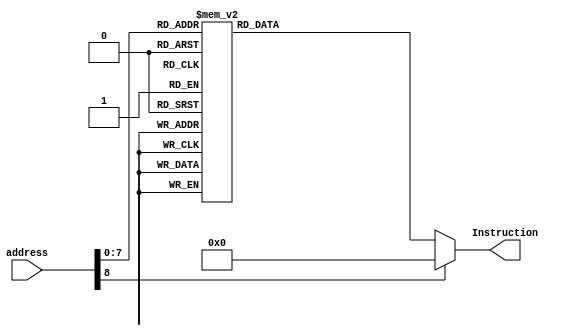
`timescale 1ns / 1ps
module InstructionMemory(
    input [8:0] address, 
    output reg [31:0] Instruction
    );
	
	always @(*)
		case (address)

9'd0: Instruction <= {32'h00000000};
9'd1: Instruction <= {32'h8d100000};
9'd2: Instruction <= {32'h00102021};
9'd3: Instruction <= {32'h21050004};
9'd4: Instruction <= {32'h0c100010};
9'd5: Instruction <= {32'h24080004};
9'd6: Instruction <= {32'h24040000};
9'd7: Instruction <= {32'h3c010010};
9'd8: Instruction <= {32'h34290400};
9'd9: Instruction <= {32'h21290004};
9'd10: Instruction <= {32'h8d2a0000};
9'd11: Instruction <= {32'h008a2020};
9'd12: Instruction <= {32'h21080004};
9'd13: Instruction <= {32'h0106082a};
9'd14: Instruction <= {32'h1420fffa};
9'd15: Instruction <= {32'h0c100043};
9'd16: Instruction <= {32'h3c010010};
9'd17: Instruction <= {32'h34310400};
9'd18: Instruction <= {32'hae200000};
9'd19: Instruction <= {32'h20080001};
9'd20: Instruction <= {32'h2009ffff};
9'd21: Instruction <= {32'h00115021};
9'd22: Instruction <= {32'h0104082a};
9'd23: Instruction <= {32'h10200005};
9'd24: Instruction <= {32'h214a0004};
9'd25: Instruction <= {32'had490000};
9'd26: Instruction <= {32'h21080001};
9'd27: Instruction <= {32'h0104082a};
9'd28: Instruction <= {32'h1420fffb};
9'd29: Instruction <= {32'h00043021};
9'd30: Instruction <= {32'h00063080};
9'd31: Instruction <= {32'h20080001};
9'd32: Instruction <= {32'h0104082a};
9'd33: Instruction <= {32'h10200020};
9'd34: Instruction <= {32'h00004821};
9'd35: Instruction <= {32'h00005021};
9'd36: Instruction <= {32'h00095940};
9'd37: Instruction <= {32'h016a5820};
9'd38: Instruction <= {32'h02296020};
9'd39: Instruction <= {32'h8d8c0000};
9'd40: Instruction <= {32'h200dffff};
9'd41: Instruction <= {32'h11ac0010};
9'd42: Instruction <= {32'h00ab6020};
9'd43: Instruction <= {32'h8d8c0000};
9'd44: Instruction <= {32'h11ac000d};
9'd45: Instruction <= {32'h022a6020};
9'd46: Instruction <= {32'h8d8c0000};
9'd47: Instruction <= {32'h02297020};
9'd48: Instruction <= {32'h8dce0000};
9'd49: Instruction <= {32'h00ab7820};
9'd50: Instruction <= {32'h8def0000};
9'd51: Instruction <= {32'h01cf7020};
9'd52: Instruction <= {32'h01cc082a};
9'd53: Instruction <= {32'h14200002};
9'd54: Instruction <= {32'h11ac0001};
9'd55: Instruction <= {32'h0810003a};
9'd56: Instruction <= {32'h022a6020};
9'd57: Instruction <= {32'had8e0000};
9'd58: Instruction <= {32'h214a0004};
9'd59: Instruction <= {32'h0146082a};
9'd60: Instruction <= {32'h1420ffe7};
9'd61: Instruction <= {32'h21290004};
9'd62: Instruction <= {32'h0126082a};
9'd63: Instruction <= {32'h1420ffe3};
9'd64: Instruction <= {32'h21080001};
9'd65: Instruction <= {32'h08100020};
9'd66: Instruction <= {32'h03e00008};
9'd67: Instruction <= {32'h3088000f};
9'd68: Instruction <= {32'h00044902};
9'd69: Instruction <= {32'h3129000f};
9'd70: Instruction <= {32'h00045202};
9'd71: Instruction <= {32'h314a000f};
9'd72: Instruction <= {32'h00045b02};
9'd73: Instruction <= {32'h316b000f};
9'd74: Instruction <= {32'h24050834};
9'd75: Instruction <= {32'h24060000};
9'd76: Instruction <= {32'h3c014000};
9'd77: Instruction <= {32'h34270010};
9'd78: Instruction <= {32'h20010000};
9'd79: Instruction <= {32'h14280002};
9'd80: Instruction <= {32'h240c013f};
9'd81: Instruction <= {32'hacec0000};
9'd82: Instruction <= {32'h20010001};
9'd83: Instruction <= {32'h14280002};
9'd84: Instruction <= {32'h240c0106};
9'd85: Instruction <= {32'hacec0000};
9'd86: Instruction <= {32'h20010002};
9'd87: Instruction <= {32'h14280002};
9'd88: Instruction <= {32'h240c015b};
9'd89: Instruction <= {32'hacec0000};
9'd90: Instruction <= {32'h20010003};
9'd91: Instruction <= {32'h14280002};
9'd92: Instruction <= {32'h240c014f};
9'd93: Instruction <= {32'hacec0000};
9'd94: Instruction <= {32'h20010004};
9'd95: Instruction <= {32'h14280002};
9'd96: Instruction <= {32'h240c0166};
9'd97: Instruction <= {32'hacec0000};
9'd98: Instruction <= {32'h20010005};
9'd99: Instruction <= {32'h14280002};
9'd100: Instruction <= {32'h240c016d};
9'd101: Instruction <= {32'hacec0000};
9'd102: Instruction <= {32'h20010006};
9'd103: Instruction <= {32'h14280002};
9'd104: Instruction <= {32'h240c017d};
9'd105: Instruction <= {32'hacec0000};
9'd106: Instruction <= {32'h20010007};
9'd107: Instruction <= {32'h14280002};
9'd108: Instruction <= {32'h240c0107};
9'd109: Instruction <= {32'hacec0000};
9'd110: Instruction <= {32'h20010008};
9'd111: Instruction <= {32'h14280002};
9'd112: Instruction <= {32'h240c017f};
9'd113: Instruction <= {32'hacec0000};
9'd114: Instruction <= {32'h20010009};
9'd115: Instruction <= {32'h14280002};
9'd116: Instruction <= {32'h240c016f};
9'd117: Instruction <= {32'hacec0000};
9'd118: Instruction <= {32'h20c60001};
9'd119: Instruction <= {32'h00c5082a};
9'd120: Instruction <= {32'h1420ffd5};
9'd121: Instruction <= {32'h24060000};
9'd122: Instruction <= {32'h20010000};
9'd123: Instruction <= {32'h14290002};
9'd124: Instruction <= {32'h240c023f};
9'd125: Instruction <= {32'hacec0000};
9'd126: Instruction <= {32'h20010001};
9'd127: Instruction <= {32'h14290002};
9'd128: Instruction <= {32'h240c0206};
9'd129: Instruction <= {32'hacec0000};
9'd130: Instruction <= {32'h20010002};
9'd131: Instruction <= {32'h14290002};
9'd132: Instruction <= {32'h240c025b};
9'd133: Instruction <= {32'hacec0000};
9'd134: Instruction <= {32'h20010003};
9'd135: Instruction <= {32'h14290002};
9'd136: Instruction <= {32'h240c024f};
9'd137: Instruction <= {32'hacec0000};
9'd138: Instruction <= {32'h20010004};
9'd139: Instruction <= {32'h14290002};
9'd140: Instruction <= {32'h240c0266};
9'd141: Instruction <= {32'hacec0000};
9'd142: Instruction <= {32'h20010005};
9'd143: Instruction <= {32'h14290002};
9'd144: Instruction <= {32'h240c026d};
9'd145: Instruction <= {32'hacec0000};
9'd146: Instruction <= {32'h20010006};
9'd147: Instruction <= {32'h14290002};
9'd148: Instruction <= {32'h240c027d};
9'd149: Instruction <= {32'hacec0000};
9'd150: Instruction <= {32'h20010007};
9'd151: Instruction <= {32'h14290002};
9'd152: Instruction <= {32'h240c0207};
9'd153: Instruction <= {32'hacec0000};
9'd154: Instruction <= {32'h20010008};
9'd155: Instruction <= {32'h14290002};
9'd156: Instruction <= {32'h240c027f};
9'd157: Instruction <= {32'hacec0000};
9'd158: Instruction <= {32'h20010009};
9'd159: Instruction <= {32'h14290002};
9'd160: Instruction <= {32'h240c026f};
9'd161: Instruction <= {32'hacec0000};
9'd162: Instruction <= {32'h20c60001};
9'd163: Instruction <= {32'h00c5082a};
9'd164: Instruction <= {32'h1420ffd5};
9'd165: Instruction <= {32'h24060000};
9'd166: Instruction <= {32'h20010000};
9'd167: Instruction <= {32'h142a0002};
9'd168: Instruction <= {32'h240c043f};
9'd169: Instruction <= {32'hacec0000};
9'd170: Instruction <= {32'h20010001};
9'd171: Instruction <= {32'h142a0002};
9'd172: Instruction <= {32'h240c0406};
9'd173: Instruction <= {32'hacec0000};
9'd174: Instruction <= {32'h20010002};
9'd175: Instruction <= {32'h142a0002};
9'd176: Instruction <= {32'h240c045b};
9'd177: Instruction <= {32'hacec0000};
9'd178: Instruction <= {32'h20010003};
9'd179: Instruction <= {32'h142a0002};
9'd180: Instruction <= {32'h240c044f};
9'd181: Instruction <= {32'hacec0000};
9'd182: Instruction <= {32'h20010004};
9'd183: Instruction <= {32'h142a0002};
9'd184: Instruction <= {32'h240c0466};
9'd185: Instruction <= {32'hacec0000};
9'd186: Instruction <= {32'h20010005};
9'd187: Instruction <= {32'h142a0002};
9'd188: Instruction <= {32'h240c046d};
9'd189: Instruction <= {32'hacec0000};
9'd190: Instruction <= {32'h20010006};
9'd191: Instruction <= {32'h142a0002};
9'd192: Instruction <= {32'h240c047d};
9'd193: Instruction <= {32'hacec0000};
9'd194: Instruction <= {32'h20010007};
9'd195: Instruction <= {32'h142a0002};
9'd196: Instruction <= {32'h240c0407};
9'd197: Instruction <= {32'hacec0000};
9'd198: Instruction <= {32'h20010008};
9'd199: Instruction <= {32'h142a0002};
9'd200: Instruction <= {32'h240c047f};
9'd201: Instruction <= {32'hacec0000};
9'd202: Instruction <= {32'h20010009};
9'd203: Instruction <= {32'h142a0002};
9'd204: Instruction <= {32'h240c046f};
9'd205: Instruction <= {32'hacec0000};
9'd206: Instruction <= {32'h20c60001};
9'd207: Instruction <= {32'h00c5082a};
9'd208: Instruction <= {32'h1420ffd5};
9'd209: Instruction <= {32'h24060000};
9'd210: Instruction <= {32'h20010000};
9'd211: Instruction <= {32'h142b0002};
9'd212: Instruction <= {32'h240c083f};
9'd213: Instruction <= {32'hacec0000};
9'd214: Instruction <= {32'h20010001};
9'd215: Instruction <= {32'h142b0002};
9'd216: Instruction <= {32'h240c0806};
9'd217: Instruction <= {32'hacec0000};
9'd218: Instruction <= {32'h20010002};
9'd219: Instruction <= {32'h142b0002};
9'd220: Instruction <= {32'h240c085b};
9'd221: Instruction <= {32'hacec0000};
9'd222: Instruction <= {32'h20010003};
9'd223: Instruction <= {32'h142b0002};
9'd224: Instruction <= {32'h240c084f};
9'd225: Instruction <= {32'hacec0000};
9'd226: Instruction <= {32'h20010004};
9'd227: Instruction <= {32'h142b0002};
9'd228: Instruction <= {32'h240c0866};
9'd229: Instruction <= {32'hacec0000};
9'd230: Instruction <= {32'h20010005};
9'd231: Instruction <= {32'h142b0002};
9'd232: Instruction <= {32'h240c086d};
9'd233: Instruction <= {32'hacec0000};
9'd234: Instruction <= {32'h20010006};
9'd235: Instruction <= {32'h142b0002};
9'd236: Instruction <= {32'h240c087d};
9'd237: Instruction <= {32'hacec0000};
9'd238: Instruction <= {32'h20010007};
9'd239: Instruction <= {32'h142b0002};
9'd240: Instruction <= {32'h240c0807};
9'd241: Instruction <= {32'hacec0000};
9'd242: Instruction <= {32'h20010008};
9'd243: Instruction <= {32'h142b0002};
9'd244: Instruction <= {32'h240c087f};
9'd245: Instruction <= {32'hacec0000};
9'd246: Instruction <= {32'h20010009};
9'd247: Instruction <= {32'h142b0002};
9'd248: Instruction <= {32'h240c086f};
9'd249: Instruction <= {32'hacec0000};
9'd250: Instruction <= {32'h20c60001};
9'd251: Instruction <= {32'h00c5082a};
9'd252: Instruction <= {32'h1420ffd5};
9'd253: Instruction <= {32'h0c100043};




             default: Instruction <= 32'h00000000;


		endcase
		
endmodule